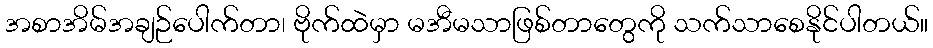
အစာအိမ်အချဉ်ပေါက်တာ၊ ဗိုက်ထဲမှာ မအီမသာဖြစ်တာတွေကို သက်သာစေနိုင်ပါတယ်။